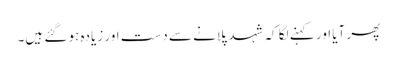
پھر آیا اور کہنے لگا کہ شہد پلانے سے دست اور زیادہ ہو گئے ہیں۔